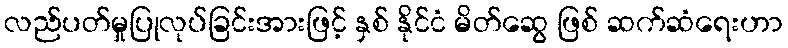
လည်ပတ်မှုပြုလုပ်ခြင်းအားဖြင့် နှစ် နိုင်ငံ မိတ်ဆွေ ဖြစ် ဆက်ဆံရေးဟာ